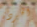
الخردة